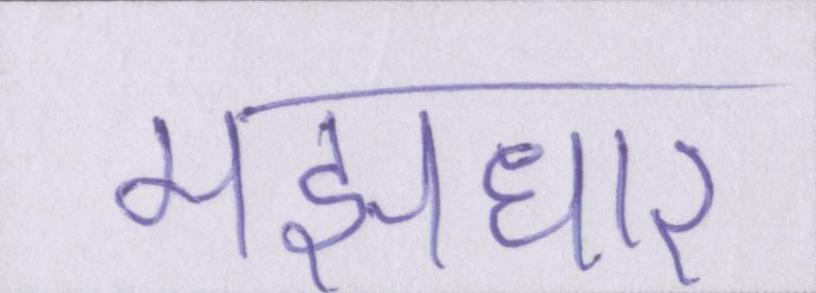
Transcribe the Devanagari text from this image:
मझधार